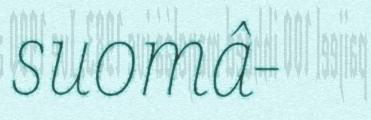
suomâ-